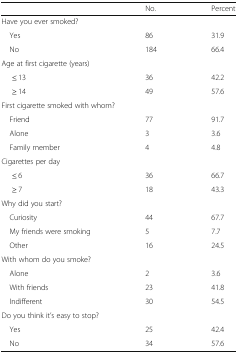
<table><thead><tr><td></td><td><b>No.</b></td><td><b>Percent</b></td></tr></thead><tbody><tr><td colspan="3">Have you ever smoked?</td></tr><tr><td> Yes</td><td>86</td><td>31.9</td></tr><tr><td> No</td><td>184</td><td>66.4</td></tr><tr><td colspan="3">Age at first cigarette (years)</td></tr><tr><td><b>≤</b> 13</td><td>36</td><td>42.2</td></tr><tr><td><b>≥</b> 14</td><td>49</td><td>57.6</td></tr><tr><td colspan="3">First cigarette smoked with whom?</td></tr><tr><td> Friend</td><td>77</td><td>91.7</td></tr><tr><td> Alone</td><td>3</td><td>3.6</td></tr><tr><td> Family member</td><td>4</td><td>4.8</td></tr><tr><td colspan="3">Cigarettes per day</td></tr><tr><td><b>≤</b> 6</td><td>36</td><td>66.7</td></tr><tr><td><b>≥</b> 7</td><td>18</td><td>43.3</td></tr><tr><td colspan="3">Why did you start?</td></tr><tr><td> Curiosity</td><td>44</td><td>67.7</td></tr><tr><td> My friends were smoking</td><td>5</td><td>7.7</td></tr><tr><td> Other</td><td>16</td><td>24.5</td></tr><tr><td colspan="3">With whom do you smoke?</td></tr><tr><td> Alone</td><td>2</td><td>3.6</td></tr><tr><td> With friends</td><td>23</td><td>41.8</td></tr><tr><td> Indifferent</td><td>30</td><td>54.5</td></tr><tr><td colspan="3">Do you think it’s easy to stop?</td></tr><tr><td> Yes</td><td>25</td><td>42.4</td></tr><tr><td> No</td><td>34</td><td>57.6</td></tr></tbody></table>